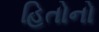
હિતોનો